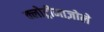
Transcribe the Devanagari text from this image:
क्लोट्रीमाज़ोले